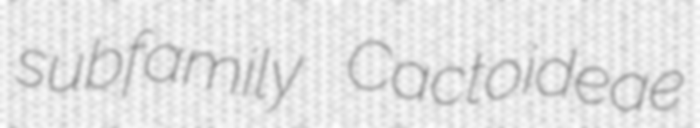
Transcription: subfamily Cactoideae